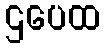
ဌပေထ